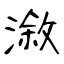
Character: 漵